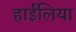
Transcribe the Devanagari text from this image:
हाईलिया